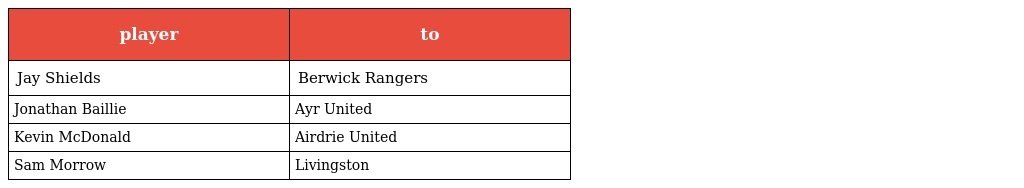
| player | to |
 | --- | --- |
 | Jay Shields | Berwick Rangers |
 | Jonathan Baillie | Ayr United |
 | Kevin McDonald | Airdrie United |
 | Sam Morrow | Livingston |